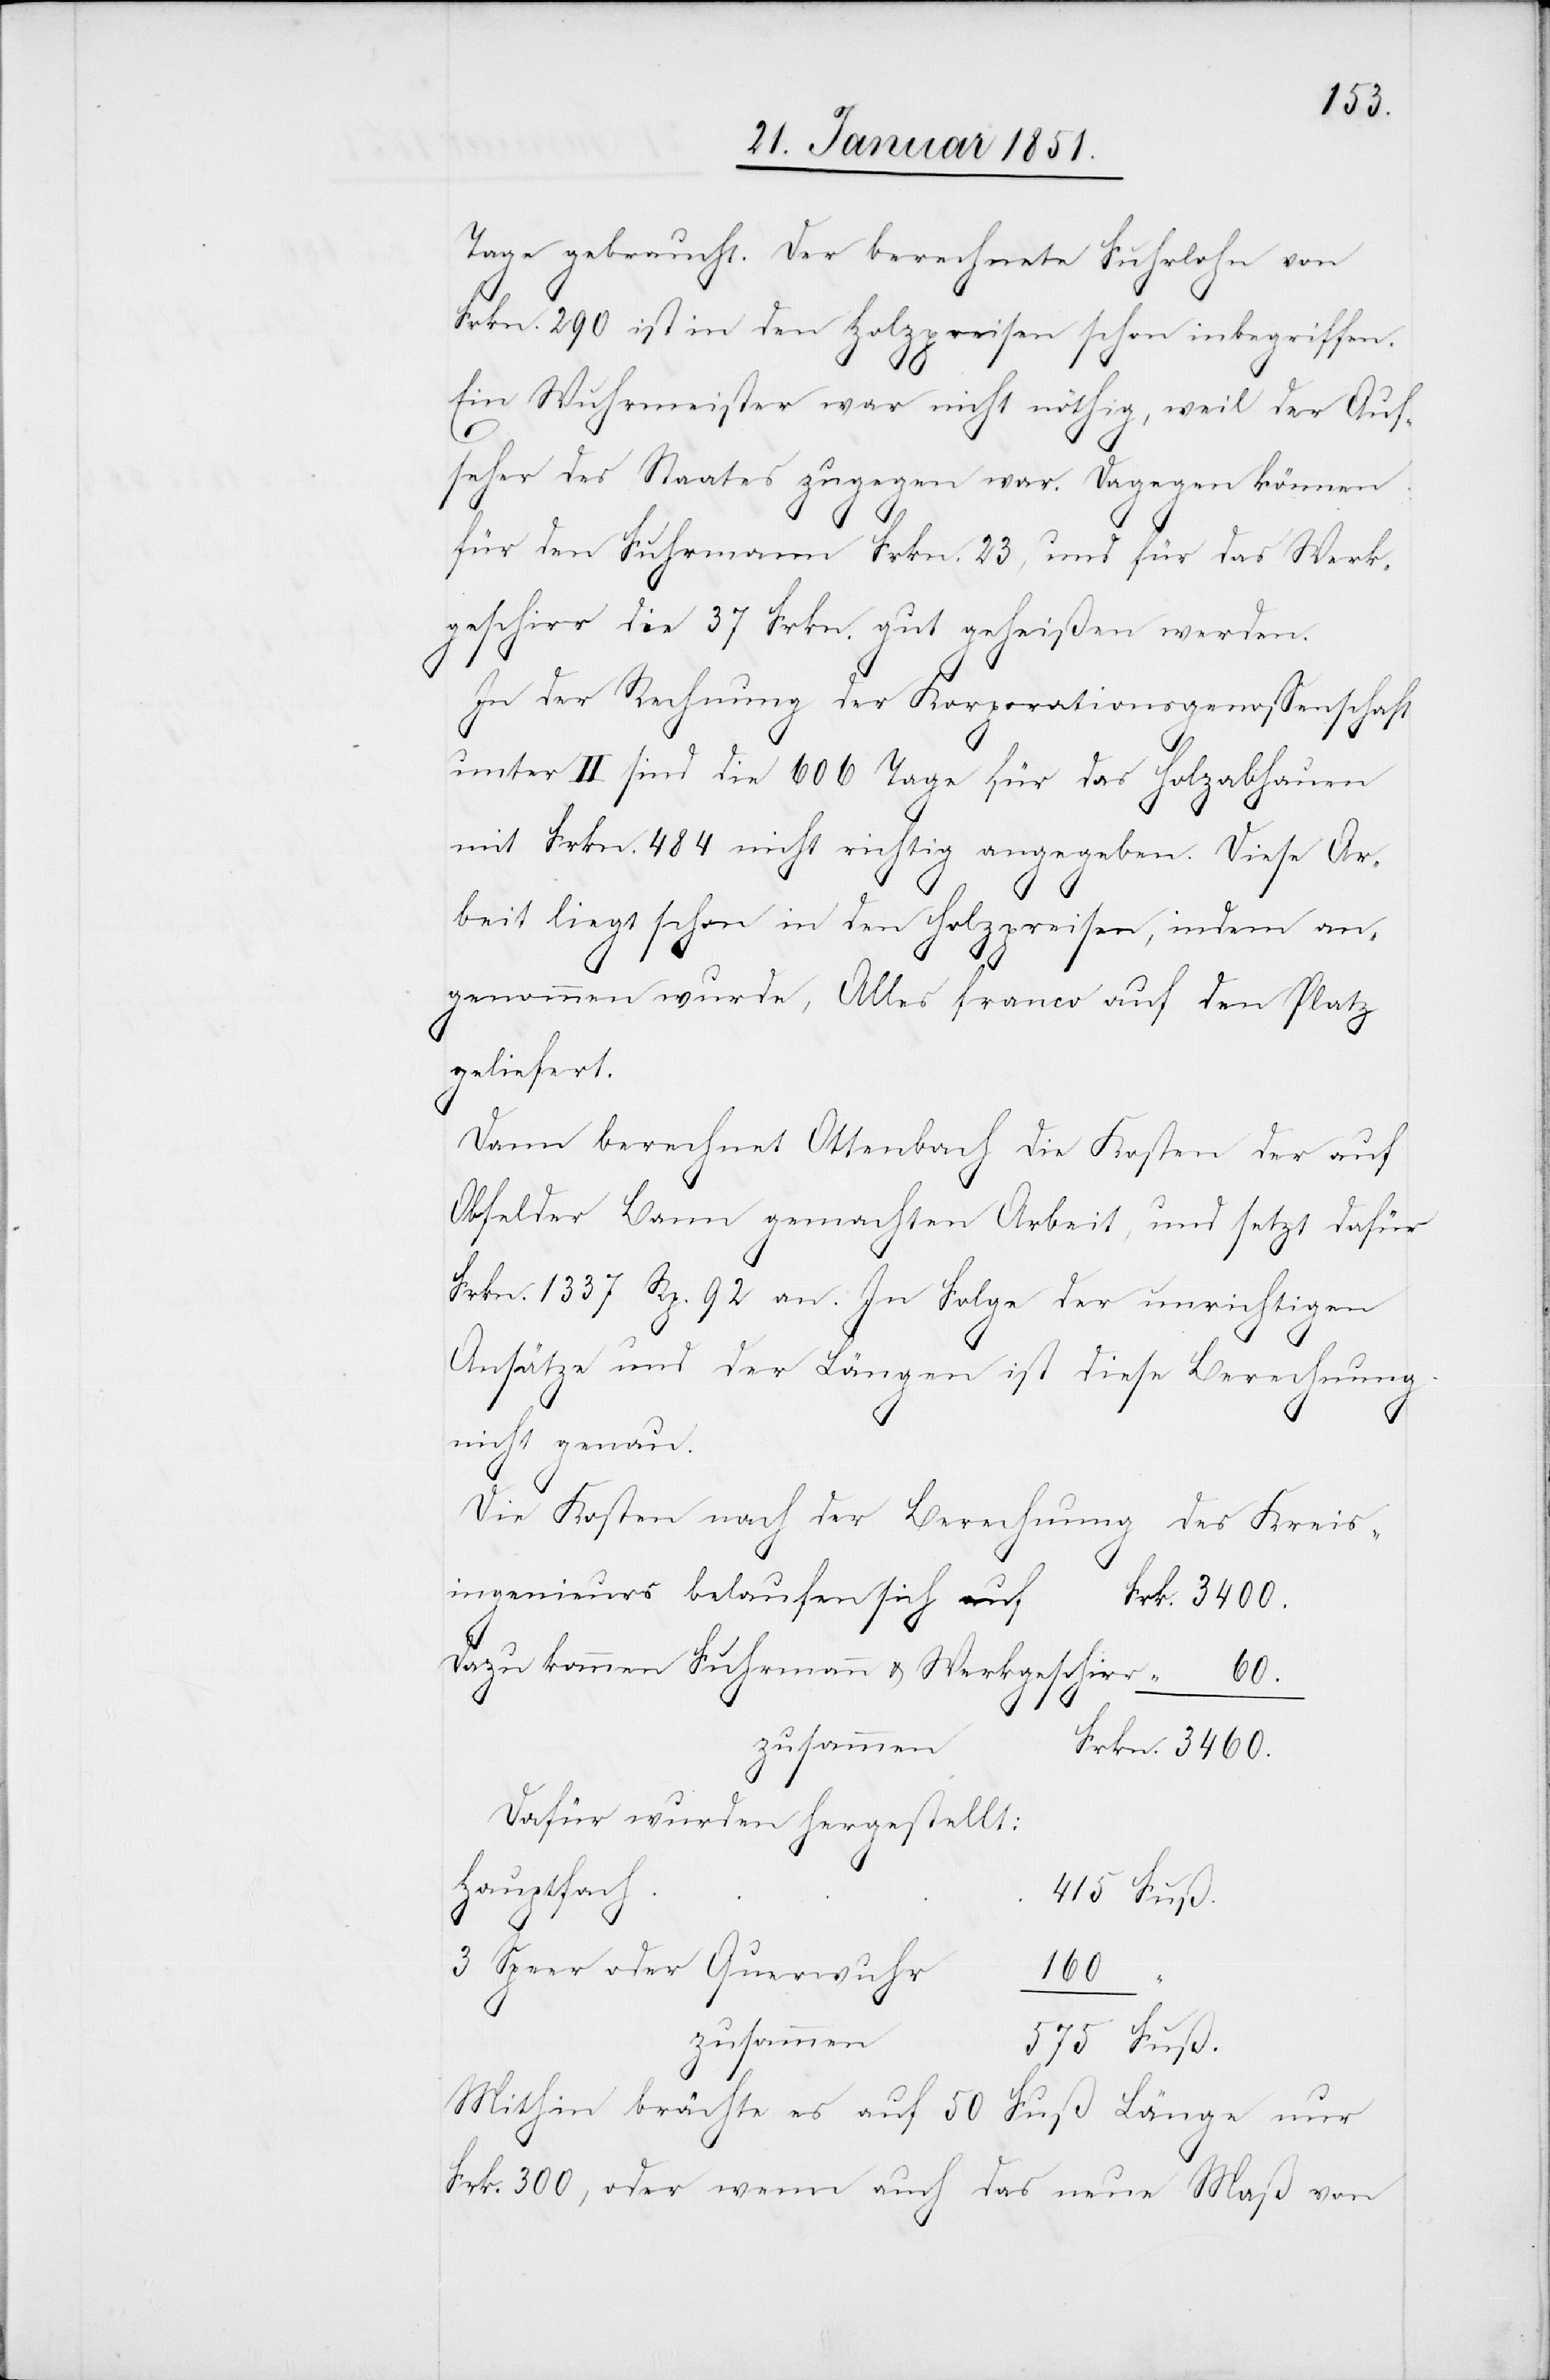
Tage gebraucht. Der berechnete Fuhrlohn von
Frkn. 290 ist in den Holzpreisen schon inbegriffen.
Ein Wuhrmeister war nicht nöthig, weil der Auf¬
seher des Staates zugegen war. Dagegen können
415
für den Fuhrmann Frkn. 23, und für das Werk¬
geschirr die 37 Frkn. gut geheißen werden.
In der Rechnung der Korporationsgenossenschaft
unter II sind die 606 Tage für das Holzabhauen
mit Frkn. 484 nicht richtig angegeben. Diese Ar¬
beit liegt schon in den Holzpreisen, indem an¬
genommen wurde, Alles franco auf den Platz
geliefert.
Dann berechnet Ottenbach die Kosten der auf
Obfelder Bann gemachten Arbeit, und setzt dafür
Frkn. 1337 Rp. 92 an. In Folge der unrichtigen
Ansätze und der Längen ist diese Berechnung
nicht genau.
Die Kosten nach der Berechnung des Kreis¬
ingenieurs belaufen sich auf
Dazu kommen Fuhrmann & Werkgeschirr
60.
zusammen
Dafür wurden hergestellt:
Hauptfach
3 Speer[-] oder Querwuhr
160
575
Mithin brächte es auf 50
Fuß Länge nur
Frk. 300, oder wenn auch das neue Maß von